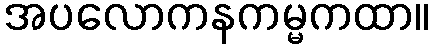
အပလောကနကမ္မကထာ။